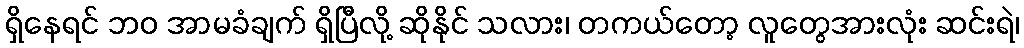
ရှိနေရင် ဘဝ အာမခံချက် ရှိပြီလို့ ဆိုနိုင် သလား၊ တကယ်တော့ လူတွေအားလုံး ဆင်းရဲ၊